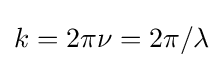
k=2\pi \nu =2\pi /\lambda